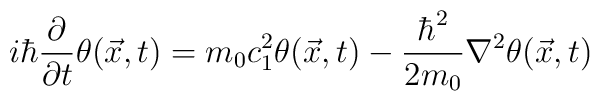
i\hbar\frac{\partial}{\partial t}\theta(\vec{x},t)=m_{0}c_{1}^{2}\theta(\vec{x},t)-\frac{\hbar^{2}}{2m_0}\nabla^{2}\theta(\vec{x},t)